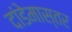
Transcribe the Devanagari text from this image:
दांडेमास्तर